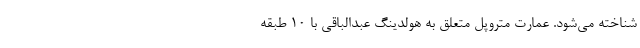
شناخته می‌شود. عمارتِ متروپل متعلق به هولدینگ عبدالباقی با ۱۰ طبقه